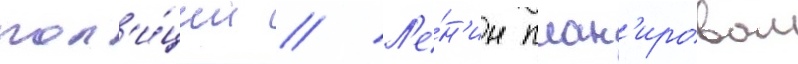
пол'и́ции // Л'е́н'ин план'ировал